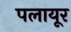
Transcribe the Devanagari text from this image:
पलायूर